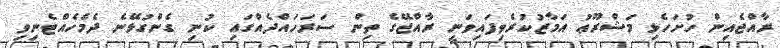
ރާއްޖެއިން ހުށަހެޅި މަޝްރޫޢު އަމާޒުކުރެވިފައިވަނީ ރާއްޖޭގެ ތިން ސަރަހައްދެއްގައި ކުނި ގެންގުޅޭނެ ދެމެހެއްޓެނިވި